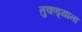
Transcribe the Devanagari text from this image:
तुकड्याना